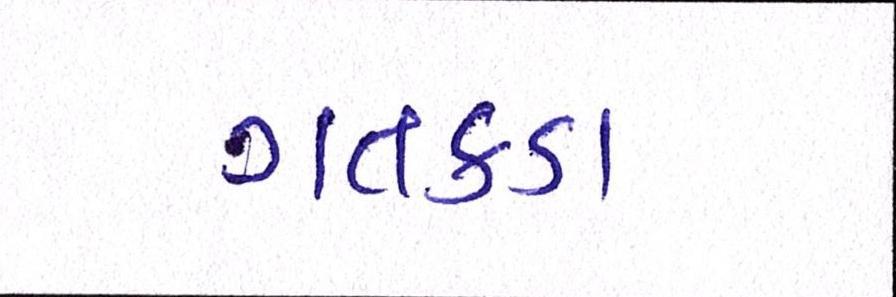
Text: ગતકડા